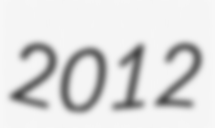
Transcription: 2012